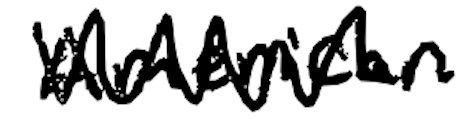
Text: American
Cross-out: zig-zag
Writing tool: digital_black